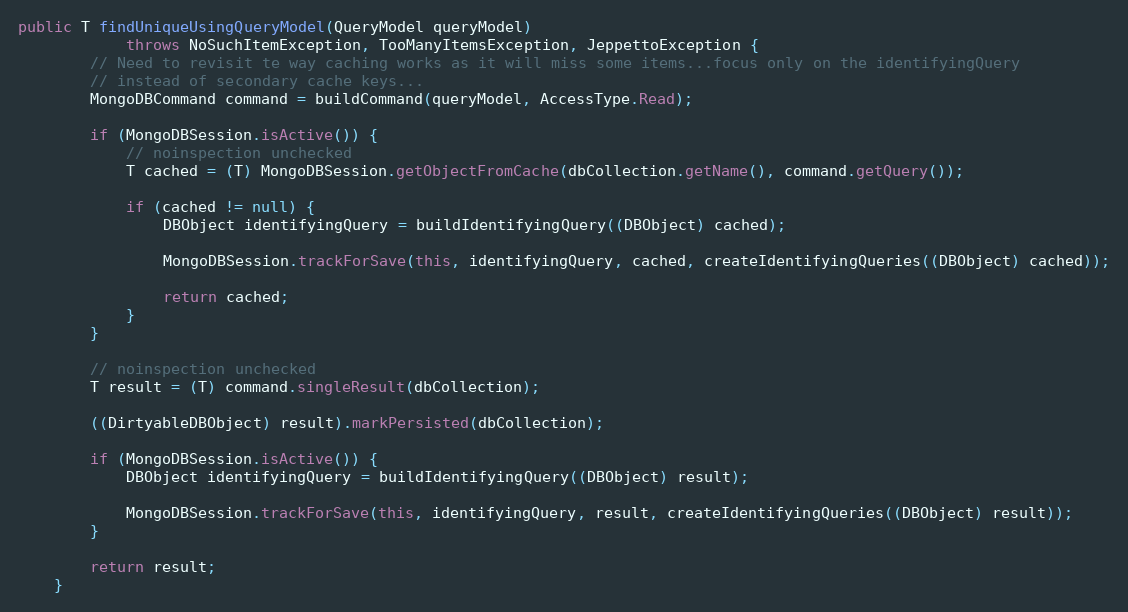
Language: Java
public T findUniqueUsingQueryModel(QueryModel queryModel)
            throws NoSuchItemException, TooManyItemsException, JeppettoException {
        // Need to revisit te way caching works as it will miss some items...focus only on the identifyingQuery
        // instead of secondary cache keys...
        MongoDBCommand command = buildCommand(queryModel, AccessType.Read);

        if (MongoDBSession.isActive()) {
            // noinspection unchecked
            T cached = (T) MongoDBSession.getObjectFromCache(dbCollection.getName(), command.getQuery());

            if (cached != null) {
                DBObject identifyingQuery = buildIdentifyingQuery((DBObject) cached);

                MongoDBSession.trackForSave(this, identifyingQuery, cached, createIdentifyingQueries((DBObject) cached));

                return cached;
            }
        }

        // noinspection unchecked
        T result = (T) command.singleResult(dbCollection);

        ((DirtyableDBObject) result).markPersisted(dbCollection);

        if (MongoDBSession.isActive()) {
            DBObject identifyingQuery = buildIdentifyingQuery((DBObject) result);

            MongoDBSession.trackForSave(this, identifyingQuery, result, createIdentifyingQueries((DBObject) result));
        }

        return result;
    }